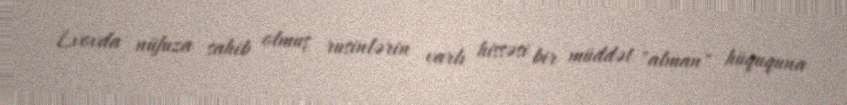
Lvovda nüfuza sahib olmuş rusinlərin varlı hissəsi bir müddət "alman" hüququna